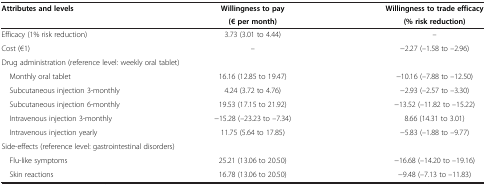
| <ROWSPAN=2> Attributes and levels | Willingness to pay | Willingness to trade efficacy |
 | (€ per month) | (% risk reduction) |
 | --- | --- | --- |
 | Efficacy (1% risk reduction) | 3.73 (3.01 to 4.44) | – |
 | Cost (€1) | – | -2.27 (–1.58 to –2.96) |
 | <COLSPAN=2> Drug administration (reference level: weekly oral tablet) |  |
 | Monthly oral tablet | 16.16 (12.85 to 19.47) | -10.16 (–7.88 to –12.50) |
 | Subcutaneous injection 3-monthly | 4.24 (3.72 to 4.76) | -2.93 (–2.57 to –3.30) |
 | Subcutaneous injection 6-monthly | 19.53 (17.15 to 21.92) | -13.52 (–11.82 to –15.22) |
 | Intravenous injection 3-monthly | -15.28 (–23.23 to –7.34) | 8.66 (14.31 to 3.01) |
 | Intravenous injection yearly | 11.75 (5.64 to 17.85) | -5.83 (–1.88 to –9.77) |
 | <COLSPAN=2> Side-effects (reference level: gastrointestinal disorders) |  |
 | Flu-like symptoms | 25.21 (13.06 to 20.50) | -16.68 (–14.20 to –19.16) |
 | Skin reactions | 16.78 (13.06 to 20.50) | -9.48 (–7.13 to –11.83) |